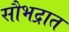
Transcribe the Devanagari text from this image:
सौभद्रात